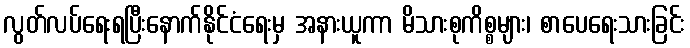
လွတ်လပ်ရေးရပြီးနောက်နိုင်ငံရေးမှ အနားယူကာ မိသားစုကိစ္စများ၊ စာပေရေးသားခြင်း